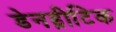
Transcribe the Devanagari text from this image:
डेनड्रीटिक